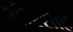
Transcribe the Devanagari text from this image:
शीरशाह